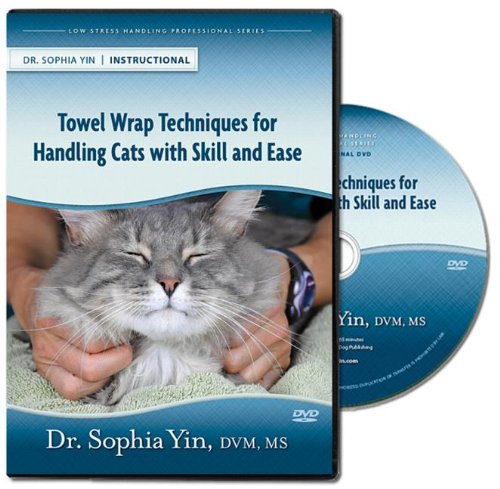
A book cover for Towel Wrap Techniques for Handling Cats with Skill and Ease (Low Stress Handling Seminar); Sophia Yin; Medical Books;